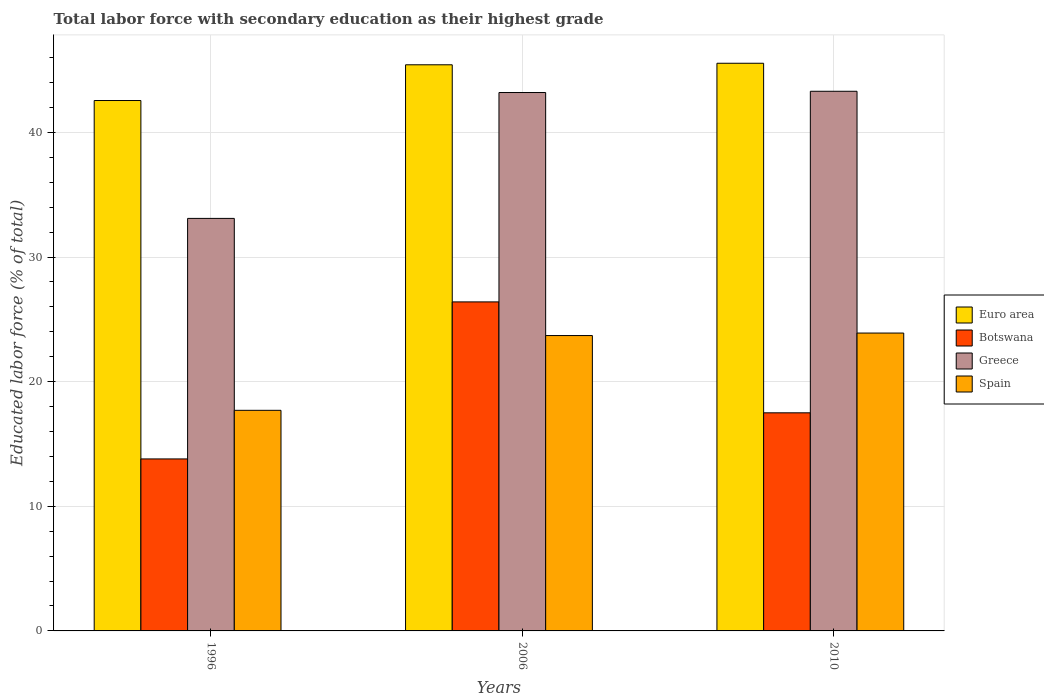
| Years | Euro area | Botswana | Greece | Spain |
 | --- | --- | --- | --- | --- |
 | 1996 | 42.6 | 13.8 | 33.1 | 17.7 |
 | 2006 | 45.4 | 26.4 | 43.2 | 23.7 |
 | 2010 | 45.5 | 17.5 | 43.3 | 23.9 |